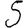
Digit: 5